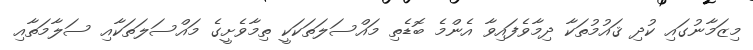
މިޒަމާނުގައި ކުދި ޤައުމުތަކާ ދިމާވެފައިވާ އެންމެ ބޮޑެތި މައްސަލަތަކަކީ ތިމާވެށީގެ މައްސަލަތަކާއި ސަލާމަތާއި